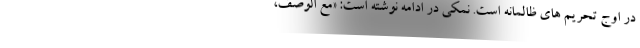
در اوج تحریم های ظالمانه است. نمکی در ادامه نوشته است: «مع الوصف،